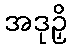
အဒုဉှိ